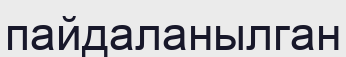
пайдаланылган